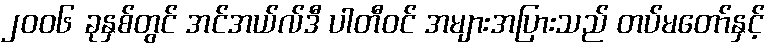
၂၀၀၆ ခုနှစ်တွင် အင်အယ်လ်ဒီ ပါတီဝင် အများအပြားသည် တပ်မတော်နှင့်